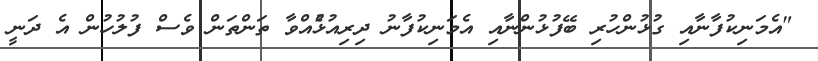
"އެމަނިކުފާނާއި ގުޅުންހުރި ބޭފުޅުންނާއި އެމަނިކުފާނު ދިރިއުޅުެއްވާ ތަންތަން ވެސް ފުލުހުން އެ ދަނީ